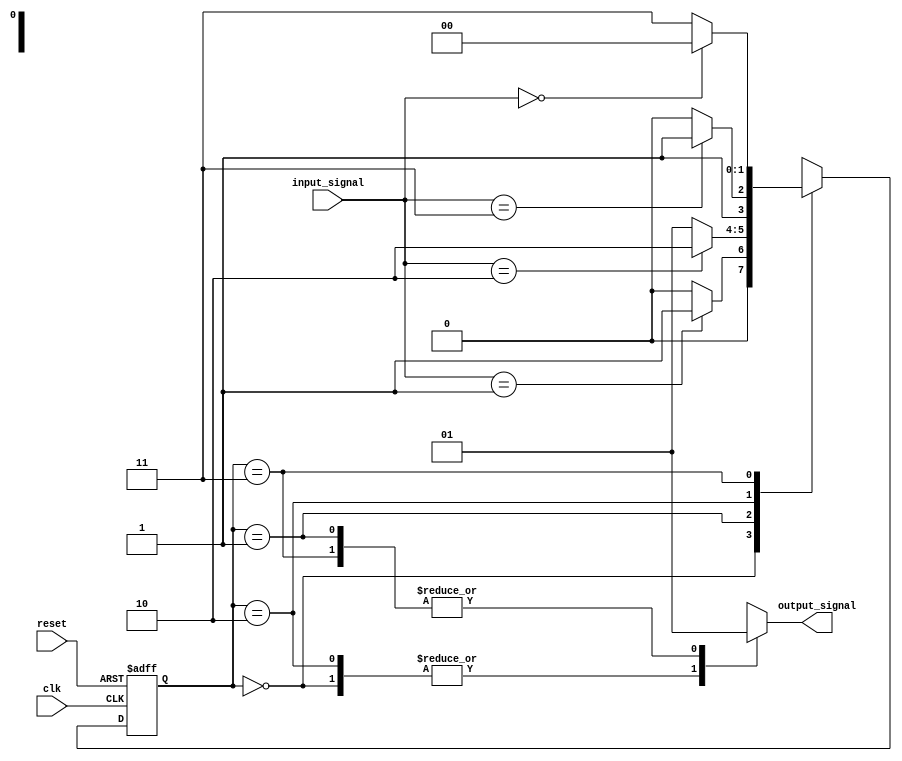
module parameterized_state_machine #(
    parameter NUM_STATES = 4,            // Total number of states
    parameter INPUT_WIDTH = 2,            // Width of input signals
    parameter OUTPUT_WIDTH = 1             // Width of output signals
) (
    input wire clk,                        // Clock input
    input wire reset,                      // Reset input
    input wire [INPUT_WIDTH-1:0] input_signal, // Input signals affecting state transitions
    output reg [OUTPUT_WIDTH-1:0] output_signal // Output signals based on current state
);

    // Calculate the state width based on the number of states
    localparam STATE_WIDTH = $clog2(NUM_STATES);
    
    // State register
    reg [STATE_WIDTH-1:0] current_state, next_state;

    // State encoding
    localparam STATE_0 = 0,
               STATE_1 = 1,
               STATE_2 = 2,
               STATE_3 = 3;

    // State transition logic
    always @(*) begin
        case (current_state)
            STATE_0: begin
                if (input_signal == 2'b01) 
                    next_state = STATE_1;
                else 
                    next_state = STATE_0;
            end
            
            STATE_1: begin
                if (input_signal == 2'b10) 
                    next_state = STATE_2;
                else 
                    next_state = STATE_1;
            end
            
            STATE_2: begin
                if (input_signal == 2'b11) 
                    next_state = STATE_3;
                else 
                    next_state = STATE_2;
            end
            
            STATE_3: begin
                if (input_signal == 2'b00) 
                    next_state = STATE_0;
                else 
                    next_state = STATE_3;
            end
            
            default: next_state = STATE_0; // Default case
        endcase
    end

    // Sequential logic for state transition
    always @(posedge clk or posedge reset) begin
        if (reset) begin
            current_state <= STATE_0; // Reset to initial state
        end else begin
            current_state <= next_state; // Update state
        end
    end

    // Output logic based on current state
    always @(*) begin
        case (current_state)
            STATE_0: output_signal = 1'b0; // Output for STATE_0
            STATE_1: output_signal = 1'b1; // Output for STATE_1
            STATE_2: output_signal = 1'b0; // Output for STATE_2
            STATE_3: output_signal = 1'b1; // Output for STATE_3
            default: output_signal = 1'b0; // Default output
        endcase
    end

endmodule